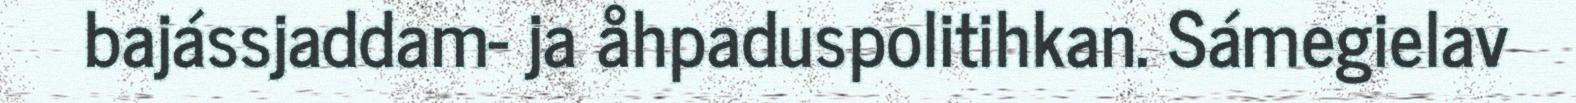
bajássjaddam- ja åhpaduspolitihkan. Sámegielav